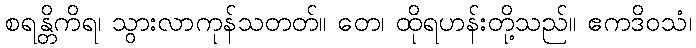
စရန္တိကိရ၊ သွားလာကုန်သတတ်။ တေ၊ ထိုရဟန်းတို့သည်။ ဧကဒိဝသံ၊